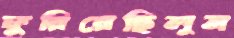
ফুরিয়েছিলুম